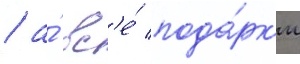
/ а́ вс'е́ пода́рк'и